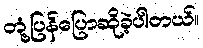
တုံ့ပြန်ပြောဆိုခဲ့ပါတယ်။